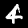
Label: 4